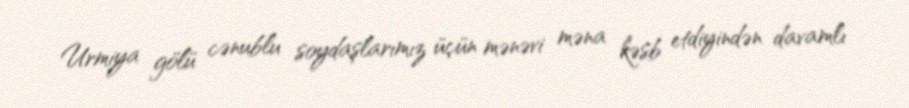
Urmiya gölü cənublu soydaşlarımız üçün mənəvi məna kəsb etdiyindən davamlı